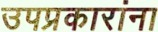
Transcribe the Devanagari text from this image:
उपप्रकारांना